Leaving Certificate Examination, 1910
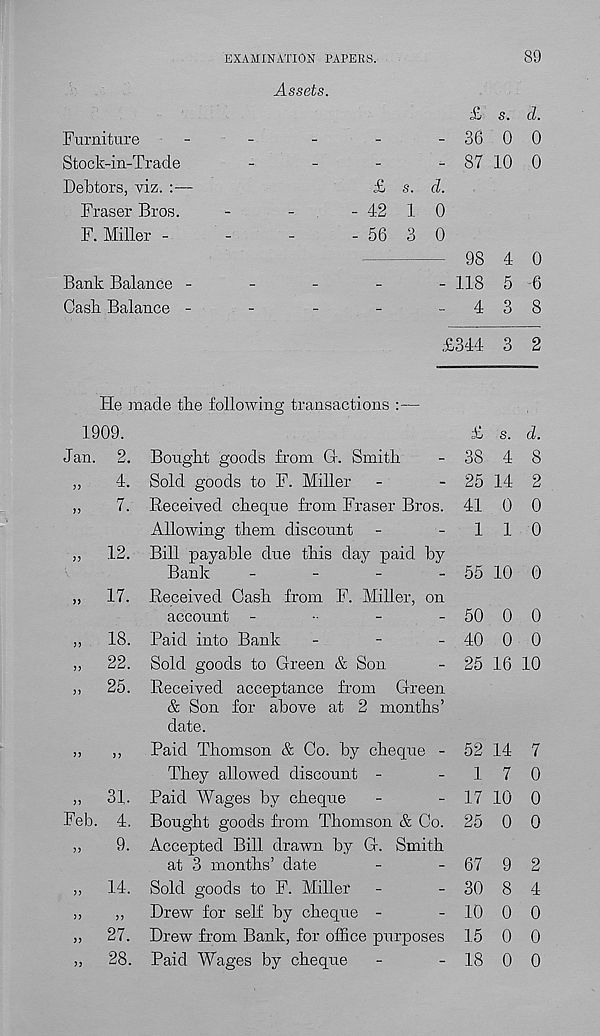
EXAMINATION PAPERS.
89
Furniture
Stock-in-Trade
Debtors, viz. :—
Fraser Bros.
F. Miller -
Bank Balance -
Cask Balance -
Assets.
;£ s. d.
- 36 0 0
- 87 10 0
£ s. d.
-4-2 1 0
- 56 3 0
98 4 0
- 118 5 6
-
4 3 8
£344 3 2
He made the following transactions :—
1909.
£ s. d.
Jan. 2. Bought goods from Gr. Smith
- 38 4 8
,,
4. Sold goods to F. Miller
-
- 25 14 2
,,
7. Received cheque from Fraser Bros. 41 0 0
Allowing them discount -
-110
„
12. Bill payable due this day paid by
Bank
-
-
-
- 55 10 0
,,
17. Received Cash from F. Miller, on
account -
-
-
- 50 0 0
,,
18. Paid into Bank
-
-
- 40 0 0
,,
22. Sold goods to Green & Son
- 25 16 10
,,
25. Received acceptance from Green
& Son for above at 2 months’
date.
,,
,,
Paid Thomson & Co. by cheque - 52 14 7
They allowed discount -
-17 0
,,
31. Paid Wages by cheque
-
- 17 10 0
Feb. 4. Bought goods from Thomson & Co. 25 0 0
,,
9. Accepted Bill drawn by G. Smith
at 3 months’ date
-
- 67 9 2
,,
14. Sold goods to F. Miller
-
- 30 8 4
,,
,,
Drew for self by cheque -
- 10 0 0
„
27. Drew from Bank, for office purposes 15 0 0
»
28. Paid Wages by cheque
-
- 18 0 0